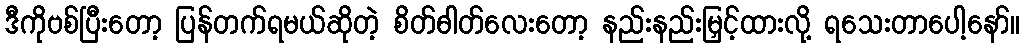
ဒီကိုဗစ်ပြီးတော့ ပြန်တက်ရမယ်ဆိုတဲ့ စိတ်ဓါတ်လေးတော့ နည်းနည်းမြှင့်ထားလို့ ရသေးတာပေါ့နော်။